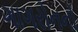
ગાગરોનનો